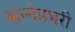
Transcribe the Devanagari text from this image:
सन्देहभरी